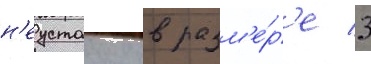
н'еустоику в разм'е́р'е 3